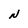
Character: N